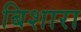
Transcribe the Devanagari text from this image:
बिशारा